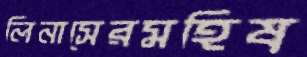
লিনাসেরমহিষ